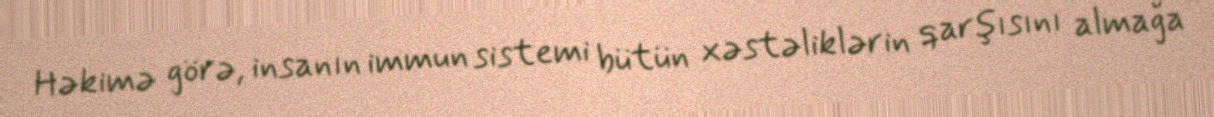
Həkimə görə, insanın immun sistemi bütün xəstəliklərin qarşısını almağa